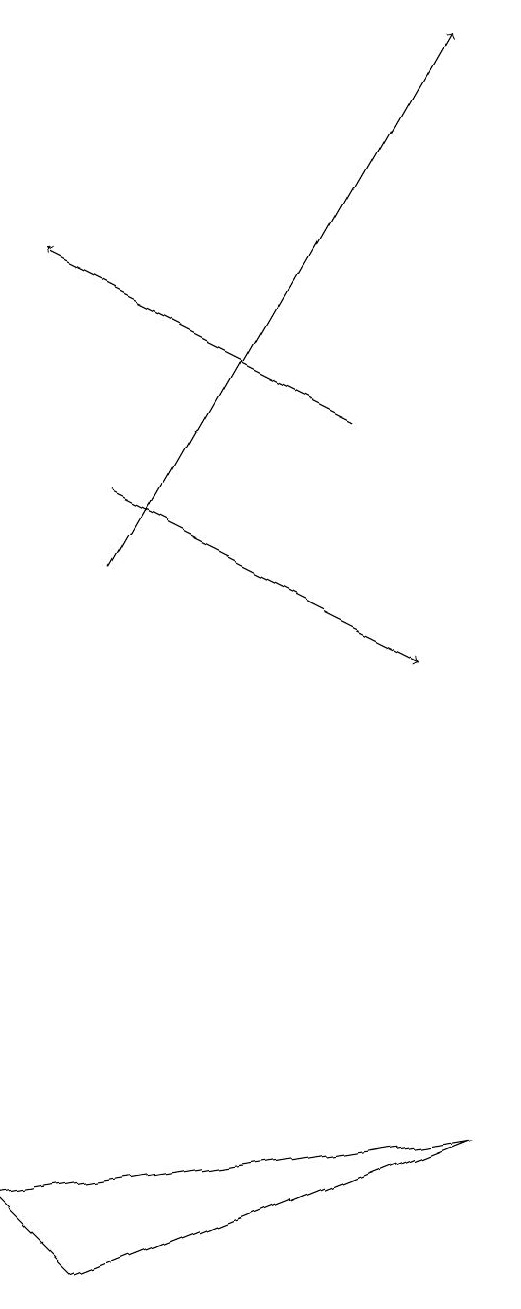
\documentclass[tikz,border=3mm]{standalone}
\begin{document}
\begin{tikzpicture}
\draw (3,4) -- (9,5) -- (4,3) -- cycle;
\draw[->] (7,14) -- (3,16);
\draw[->] (4,13) -- (8,11);
\draw[->] (4,12) -- (8,19);
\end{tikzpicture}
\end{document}